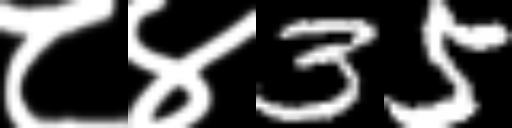
Text: ८४35